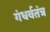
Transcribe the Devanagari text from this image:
गंधर्वतंत्र